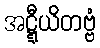
အဋ္ဋီယိတဗ္ဗံ